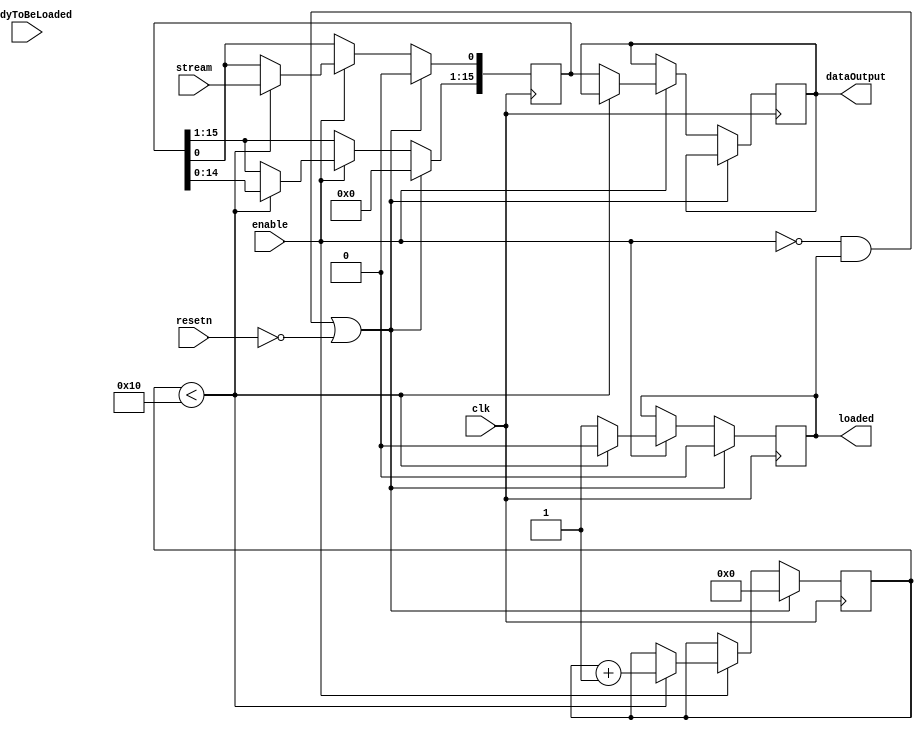
// This moduel will be called by Submatrix_creator
// The output values from here must not go directly to Submatrix.v
// rather the top level should relay it.

// The value for loaded should be used as a part with enable 
// at the top level. 


module Grouper(clk, enable, resetn, stream, readyToBeLoaded, loaded, dataOutput);
	parameter sizeOfCounter = 4; 

	// ACTIVE LOW RESET
	input clk, enable, resetn, stream;		// from the left side 
	// we have not yet decided where enable and resetn will come from
	// stream is the 1bit value that comes from RAM
	// stream MUST BE STOPPED when loaded = 1 
	
	// the next 3 is for Submatrix
	input readyToBeLoaded;					// comes from Submatrix.v via the top level
	output reg loaded ;						// loaded = 1 when 16bit array is full 
	output reg [15:0] 	dataOutput;			// the 16bit array to output 
											// comes from the intermediary subGroup

	reg	[sizeOfCounter-1:0]	counter; 					// counts
	reg [15:0] 	subGroup;					// storage for shifting bits
											// gets relayed to output at 16th clock edge


//	Count restarts only when top level is ready for output AND the output is ready here
//  restarting would make loaded = 0
// PITFALL happens if: loaded = 1, submatrix takes in and still keeps readyToBeLoaded =1
// 						instead of turning it off and compute stuff
// RESOLVED
//
	wire restartCount;	 
	assign restartCount = ~enable & loaded; 

// magic begins 
	always @(posedge clk) begin
	
	if (restartCount | ~resetn) begin
		counter <= 5'd0;
		subGroup <= 16'b0;
		loaded <= 0;
	end 

	else if(enable) begin 
			if (counter < 5'd16)begin 
				subGroup[15:1] <= subGroup[14:0];
				subGroup[0] <= stream;
				counter <= counter + 1;
				loaded <= 0;
			end 
			else begin
				loaded <= 1; 
				dataOutput <= subGroup;
			end	
		end  
	end

endmodule 

/*
TEST  RESULTS:
	works with manuall driven input signals 

*/